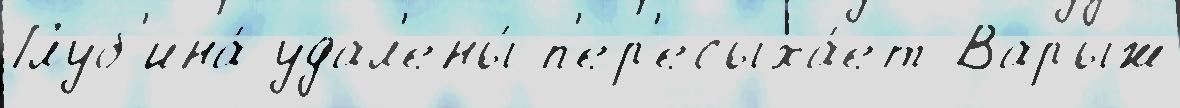
Глуб'ина́ удал'ены́ п'ер'есыха́ет Варыж